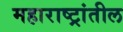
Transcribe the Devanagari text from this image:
महाराष्ट्रांतील